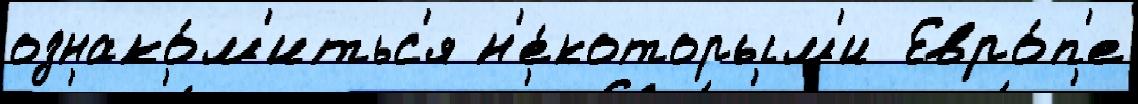
ознако́м'итьс'я н'е́которым'и  Евро́п'е